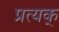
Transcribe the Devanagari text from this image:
प्रत्यक्